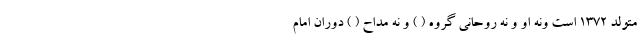
متولد 1372 است ونه او و نه روحانی گروه ( ) و نه مداح ( ) دوران امام